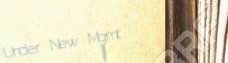
Under New Mgmt